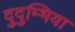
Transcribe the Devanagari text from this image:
दुदुम्भिया